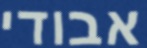
אבודי